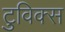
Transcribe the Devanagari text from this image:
टुविक्स